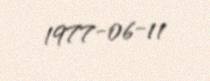
1977-06-11